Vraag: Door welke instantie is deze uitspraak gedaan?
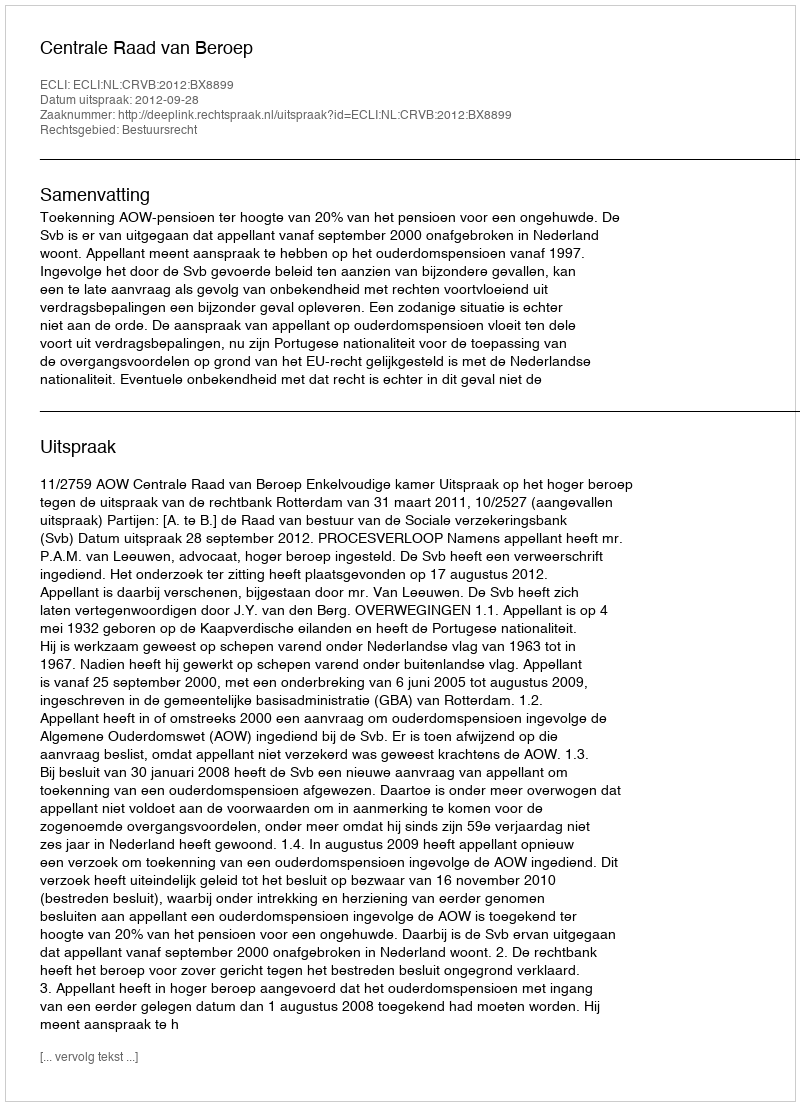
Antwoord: Centrale Raad van Beroep